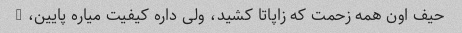
حیف اون همه زحمت که زاپاتا کشید، ولی داره کیفیت میاره پایین، -